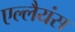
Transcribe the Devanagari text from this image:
एल्लैयंस